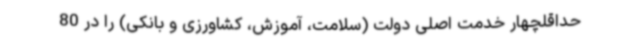
حداقلچهار خدمت اصلی دولت (سلامت، آموزش، کشاورزی و بانکی) را در 80